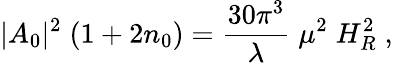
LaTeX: |A_{0}|^{2}\; (1+2n_{0})=\frac{30\pi^{3}}{\lambda}\; \mu^{2}\; H_{R}^{2}\; ,